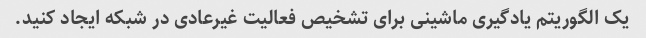
یک الگوریتم یادگیری ماشینی برای تشخیص فعالیت غیرعادی در شبکه ایجاد کنید.